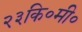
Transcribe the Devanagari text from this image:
२३कि॰मी॰